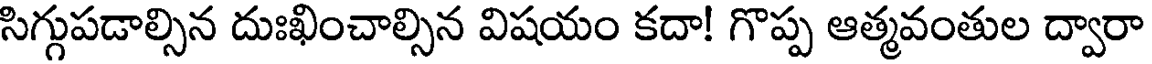
సిగ్గుపడాల్సిన దుఃఖించాల్సిన విషయం కదా! గొప్ప ఆత్మవంతుల ద్వారా